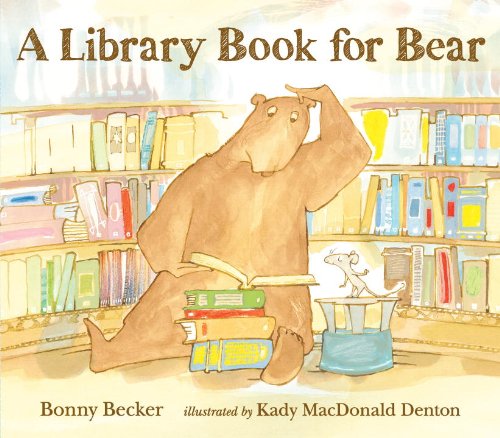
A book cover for A Library Book for Bear (Bear and Mouse); Bonny Becker; Children's Books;